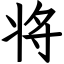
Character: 将